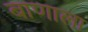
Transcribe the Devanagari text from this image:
बाणाला